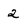
Character: 2